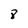
Character: 8